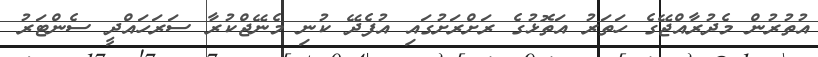
އުތުރުން މެދުރާއްޖޭގެ ހަތަރު އަތޮޅުގެ ރަށްރަށުުގައި އުފެދޭ ކުނި މެނޭޖްކުރާ ސަރަހައްދީ ސެންޓަރު